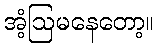
အံ့ဩမနေတော့။